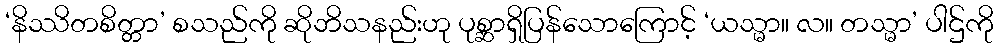
‘နိဿိတစိတ္တာ’ စသည်ကို ဆိုဘိသနည်းဟု ပုစ္ဆာရှိပြန်သောကြောင့် ‘ယသ္မာ။ လ။ တသ္မာ’ ပါဌ်ကို